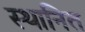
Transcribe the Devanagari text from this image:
स्थानित